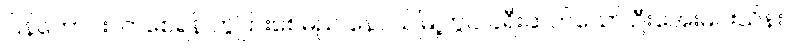
ပြန်ကောင်းလာစေရန် ကွဲပြားစေမည် နေပယ်မြို့တွင် ခရီးဆက်သော် ဦးအေးမင်းသိန်း